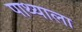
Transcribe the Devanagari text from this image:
पाथ्याला